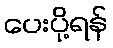
ပေးပို့ရန်